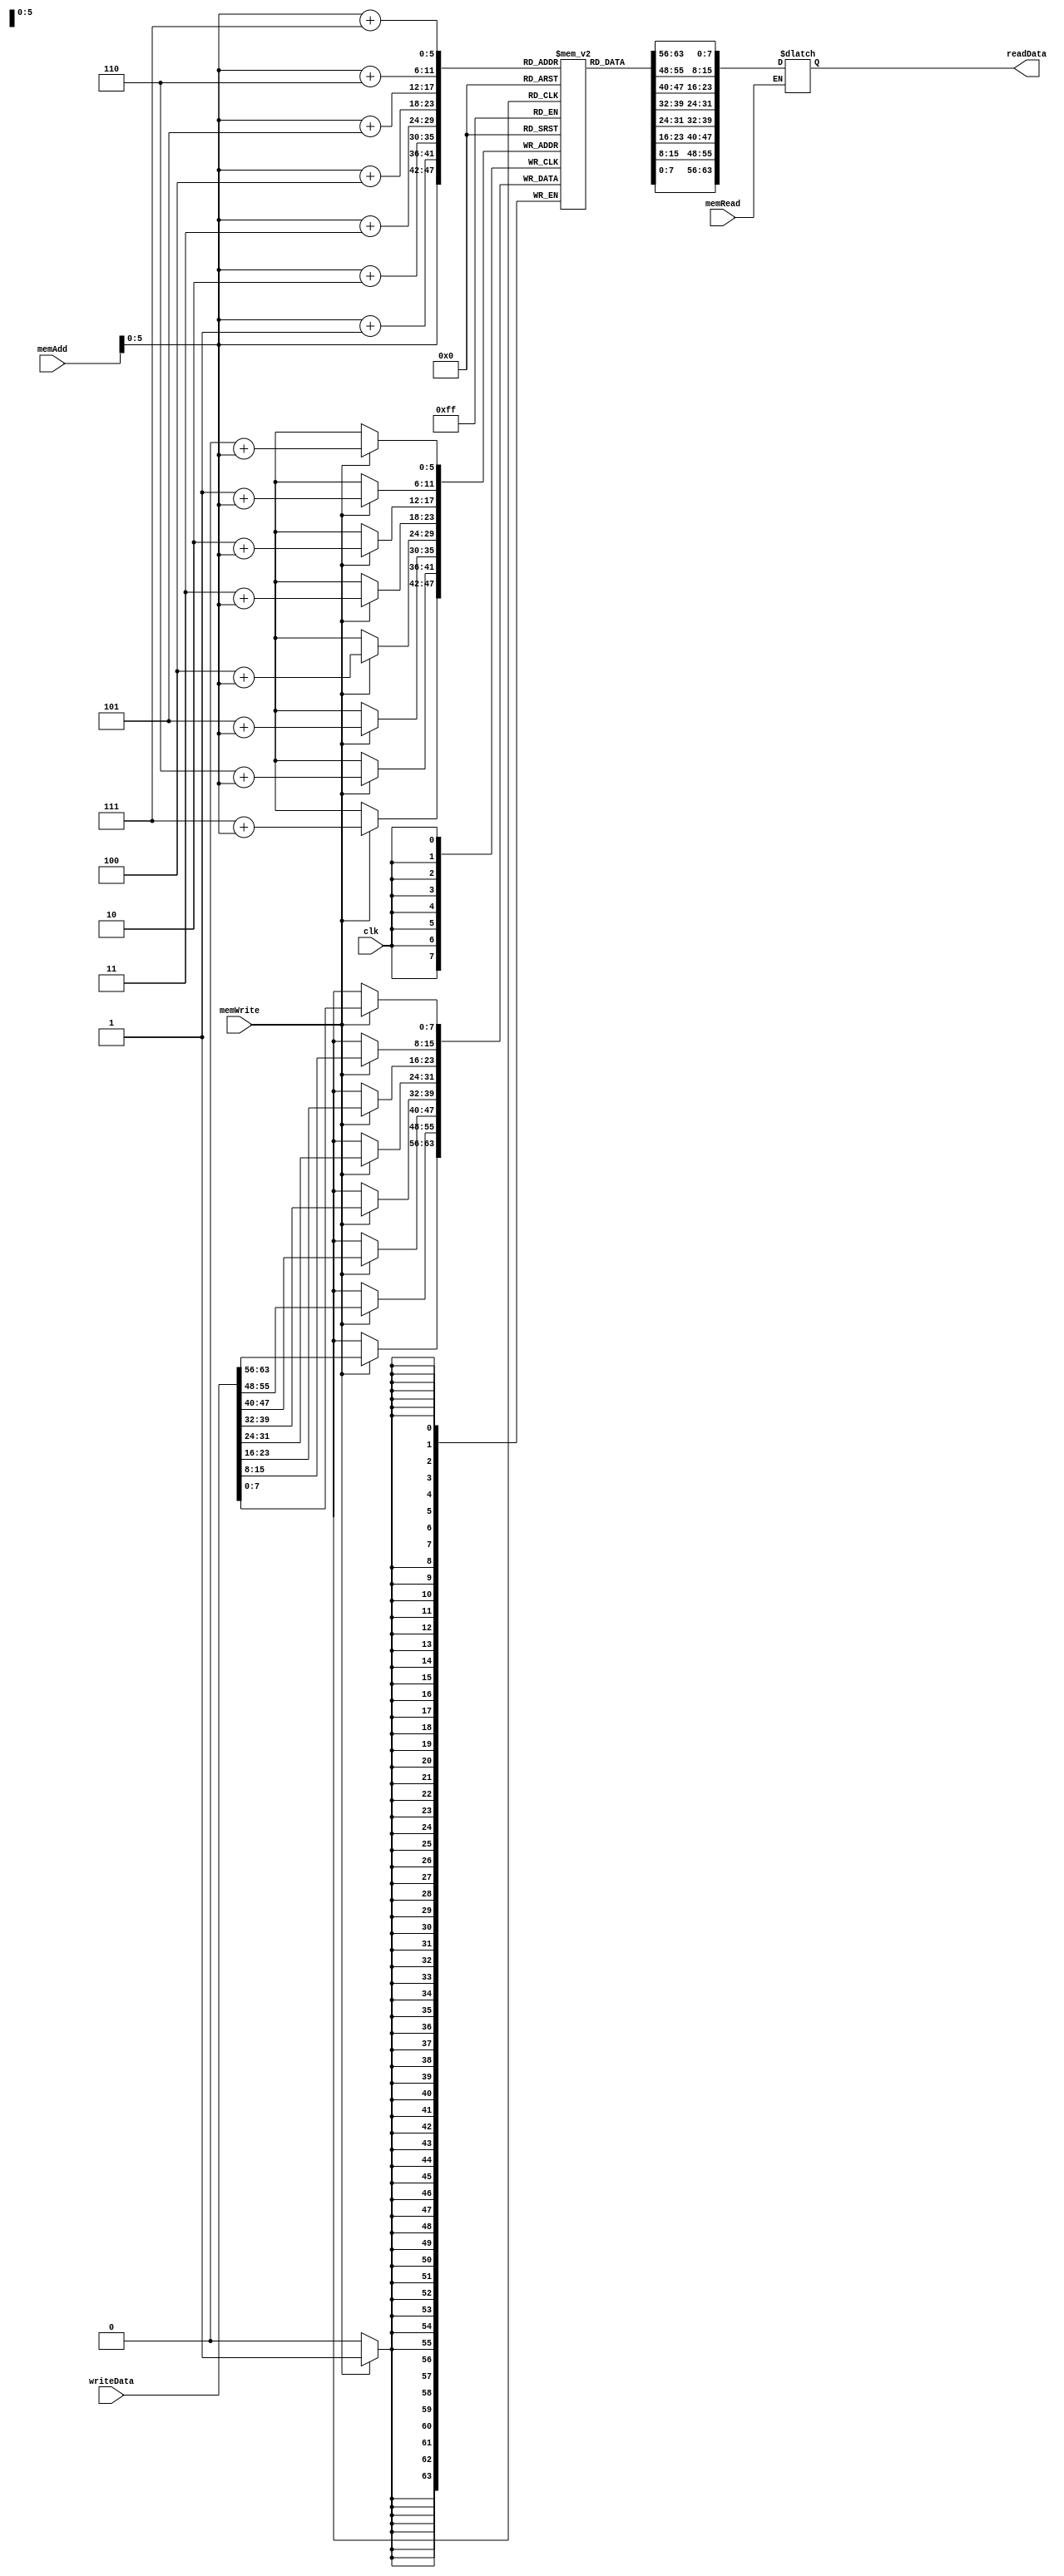
module dataMemory(
	input [63:0] memAdd, writeData,
	input clk, memWrite, memRead,
	output reg [63:0] readData
	);

	reg [7:0] memData [63:0];		// 64 8-bit memory segments

	integer index;
	
	//initializing with values
	initial
	begin
		for (index = 0; index < 64; index = index + 1)
			memData[index] <= index;
	end
	
	
	always @(memAdd, memRead)
	begin
		if (memRead)
			readData <= {memData[memAdd[5:0]+7], memData[memAdd[5:0]+6], memData[memAdd[5:0]+5], memData[memAdd[5:0]+4], memData[memAdd[5:0]+3], memData[memAdd[5:0]+2], memData[memAdd[5:0]+1], memData[memAdd[5:0]]};
	end
	
	
	//assign readData = {memData[memAdd[5:0]+7], memData[memAdd[5:0]+6], memData[memAdd[5:0]+5], memData[memAdd[5:0]+4], memData[memAdd[5:0]+3], memData[memAdd[5:0]+2], memData[memAdd[5:0]+1], memData[memAdd[5:0]]};

	integer i;

	always @(posedge clk)
	begin
		if (memWrite)
			for (i = 0; i < 8; i = i + 1)
				memData[i + memAdd[5:0]] <= writeData[{{8*i}+7} -: 8];	//memData[{7 + i + memAdd[5:0]}:{i + memAdd[5:0]}] <= writeData[{7 + i}:{i}];
	end

endmodule